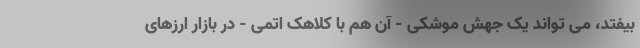
بیفتد، می تواند یک جهش موشکی - آن هم با کلاهک اتمی - در بازار ارزهای